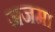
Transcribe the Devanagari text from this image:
जजमा